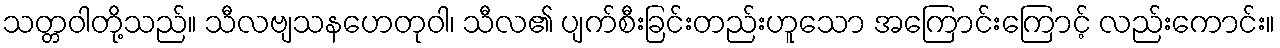
သတ္တဝါတို့သည်။ သီလဗျသနဟေတုဝါ၊ သီလ၏ ပျက်စီးခြင်းတည်းဟူသော အကြောင်းကြောင့် လည်းကောင်း။